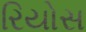
રિયોસ